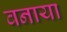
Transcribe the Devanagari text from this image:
वनाया